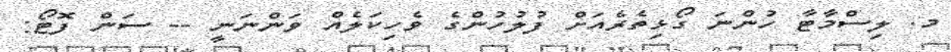
މ. ލިސްމާޓާ ހުންނަ ގޯޅިތެރެއަށް ފުލުހުންގެ ވެހިކަލެއް ވަންނަނީ -- ސަން ފޮޓޯ: